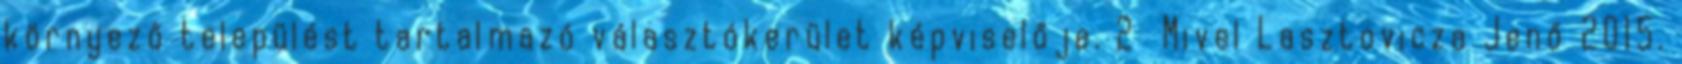
környező települést tartalmazó választókerület képviselője. 2 Mivel Lasztovicza Jenő 2015.